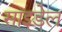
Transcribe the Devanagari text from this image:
साइडेल